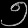
Digit: ၅